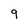
Character: 9